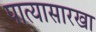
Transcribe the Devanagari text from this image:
पात्यासारखा